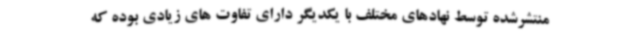
منتشرشده توسط نهادهای مختلف با یکدیگر دارای تفاوت های زیادی بوده که